Vaccination in Bombay 1874-1876 - 1874-1876
Year: 1874
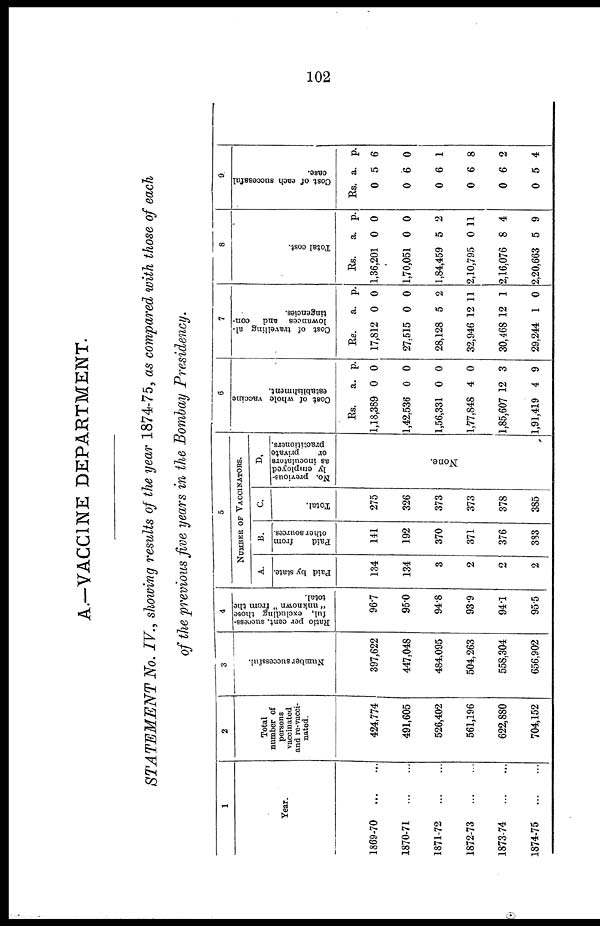
102
A.—VACCINE DEPARTMENT.
STATEMENT No. IV., showing results of the year 1874-75, as compared with those of each
of the previous five years in the Bombay Presidency.
1
Year.
1869-70
...
...
1870-71
...
...
1871-72
...
...
1872-73
...
...
1873-74
...
...
1874-75
...
...
2
Total
number of
persons
vaccinated
and re-vacci-
nated.
424,774
491,605
526,402
561,196
622,880
704,152
3
Number successful.
397,622
447,048
484,095
504,263
558,304
656,902
4
Ratio per cent. success-
ful, excluding those
" unknown " from the
total.
96.7
95.0
94.8
93.9
94.1
95.5
5
NUMBER OF VACCINATORS.
A.
Paid by state.
134
134
3
2
2
2
B.
Paid
from
other sources.
141
192
370
371
376
383
C.
Total.
275
326
373
373
378
385
D.
No. previous-
ly employed
as inoculators
or
private
practitioners
None.
6
Cost of whole vaccine
establishment.
Rs.
1,18,389
1,42,536
1,56,331
1,77,848
1,85,607
1,91,419
a.
0
0
0
4
12
4
p.
0
0
0
0
3
9
7
Cost of travelling al-
lowances and
con-
tingencies.
Rs.
17,812
27,515
28,128
32,946
30,468
29,244
a.
0
0
5
12
12
1
p.
0
0
2
11
1
0
8
Total cost.
Rs.
1,36,201
1,70,051
1,84,459
2,10,795
2,16,076
2,20,663
a.
0
0
5
0
8
5
p.
0
0
2
11
4
9
9
Cost of each successful
case.
Rs.
0
0
0
0
0
0
a.
5
6
6
6
6
5
p.
6
0
1
8
2
4